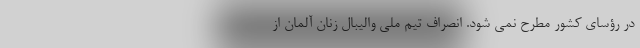
در رؤسای کشور مطرح نمی شود. انصراف تیم ملی والیبال زنان آلمان از